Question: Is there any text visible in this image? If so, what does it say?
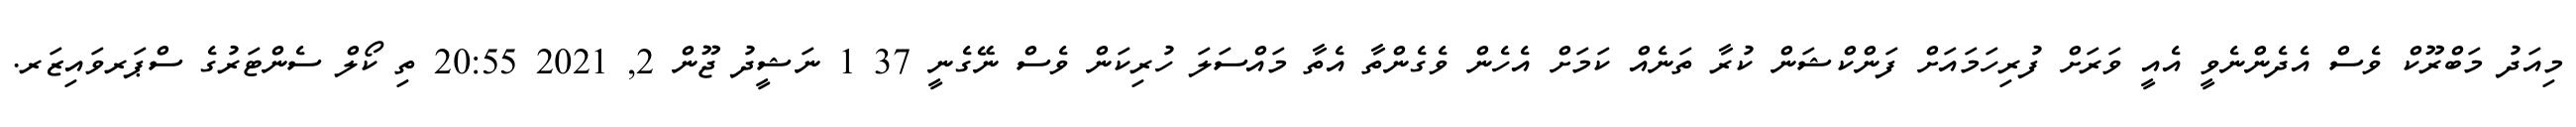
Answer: މިއަދު މަބްރޫކް ވެސް އެދެންނެވީ އެއީ ވަރަށް ފުރިހަމައަށް ފަންކްޝަން ކުރާ ތަނެއް ކަމަށް އެހެން ވެގެންތާ އެތާ މައްސަލަ ހުރިކަން ވެސް ނޭގެނީ 37 1 ނަޝީދު ޖޫން 2, 2021 20:55 ތި ކޯލް ސެންޓަރުގެ ސްޕަރވައިޒަރ.